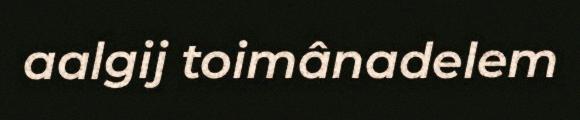
aalgij toimânadelem